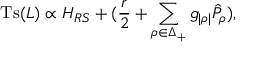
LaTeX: \mathrm { T s } ( { \cal L } ) \propto { \cal H } _ { R S } + ( { \frac { r } { 2 } } + \sum _ { \rho \in \Delta _ { + } } g _ { | \rho | } \hat { \cal P } _ { \rho } ) ,